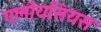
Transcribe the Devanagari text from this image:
एलोयसियस